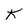
Character: K